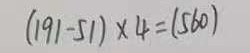
( 1 9 1 - 5 1 ) \times 4 = ( 5 6 0 )